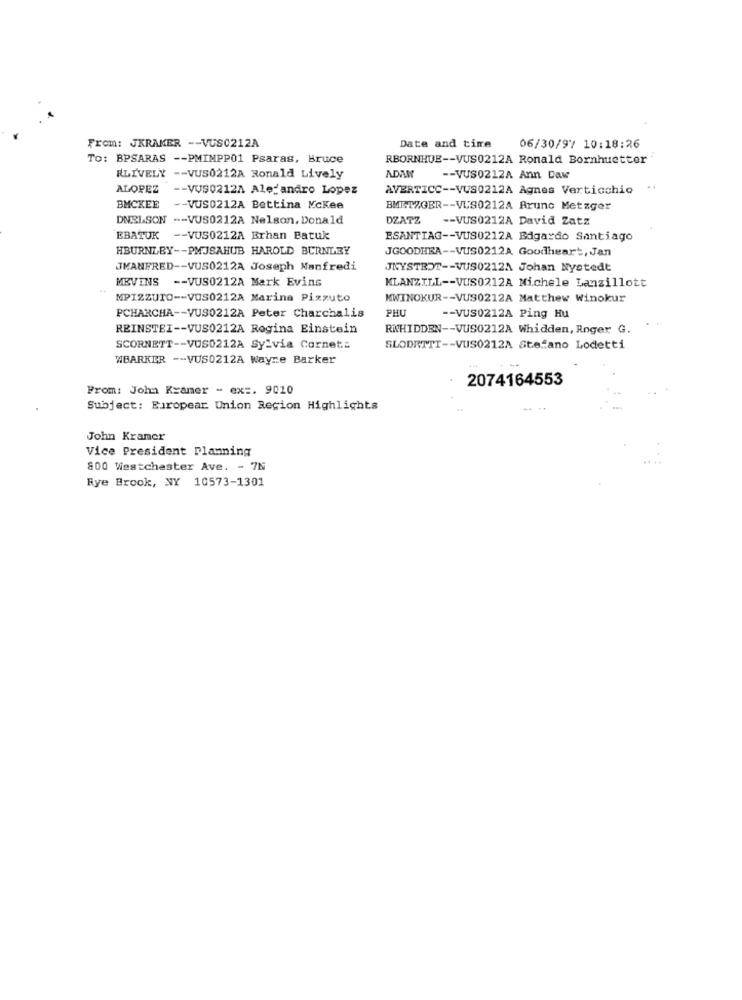
From: JKRAKER -- VUS0212A
Date and time
06/30/9/ 10:18:26
To: BPSARAS -- PMIMPP01 Psaras, Bruce
RBORNHUE -- VUS0212A Ronald Bornhuetter
RLIVELY -- VUS0212A Ronald Lively
ADAN
-- VUS0212A Ann Daw
ALOPEZ
-- VVS0212A Alejandro Lopez
AVERTICC -- VUS0212A Agnes Verticchio
BMCKEE
-- VUS0212A Bettina Mckee
BMETZGER -- VUS0212A Aruno Metzger
DNELSON -- VUS0212A Nelson, Donald
DZATZ
-- VUS0212A David Zatz
EBATUK -- VUS0212A Brhan Batuk
ESANTIAG -- VUS0212A Edgardo Santiago
HBURNLEY -- PMJSAHUB HAROLD BURNLEY
JGOODHRA -- VUS0212A Goodheart, Jan
JMANFRED -- VUS0212A Joseph Manfredi
JNYSTROT -- VUS0212A Johan Nystedt
MEVINS -- VUS0212A Mark Evins
KLANZILL -- VUS0212A Michele Lanzillott
MPIZZUTO -- VOS0212A Marina Pizzuto
MWINOKUR -- VUS0212A Matthew Winokur
PHU
PCHARCHA -- VUS0212A Peter Charchalis
-- VUS0212A Ping Hu
REINSTEI -- VUS0212A Regina Einstein
RNHIDDEN -- VUS0212A Whidden, Roger G.
SCORNETT -- VOS0212A Sylvia Cornet:
SLODETTI -- VUS0212A Stefano Lodetti
WBARKER -- VUS0212A Wayne Barker
2074164553
From: John Kramer - ex :. 9010
Subject: Europear Union Region Highlights
John Kramer
Vice President Planning
800 Westchester Ave. - 7N
Rye Brook, NY 10573-1301